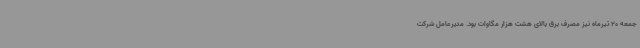
جمعه 20 تیرماه نیز مصرف برق بالای هشت هزار مگاوات بود. مدیرعامل شرکت